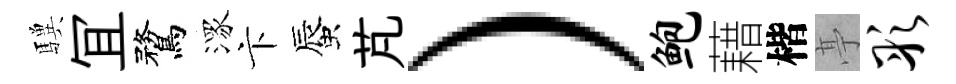
驥冝鶩潈卞蜃芃）鲍藉楷𠅘彤